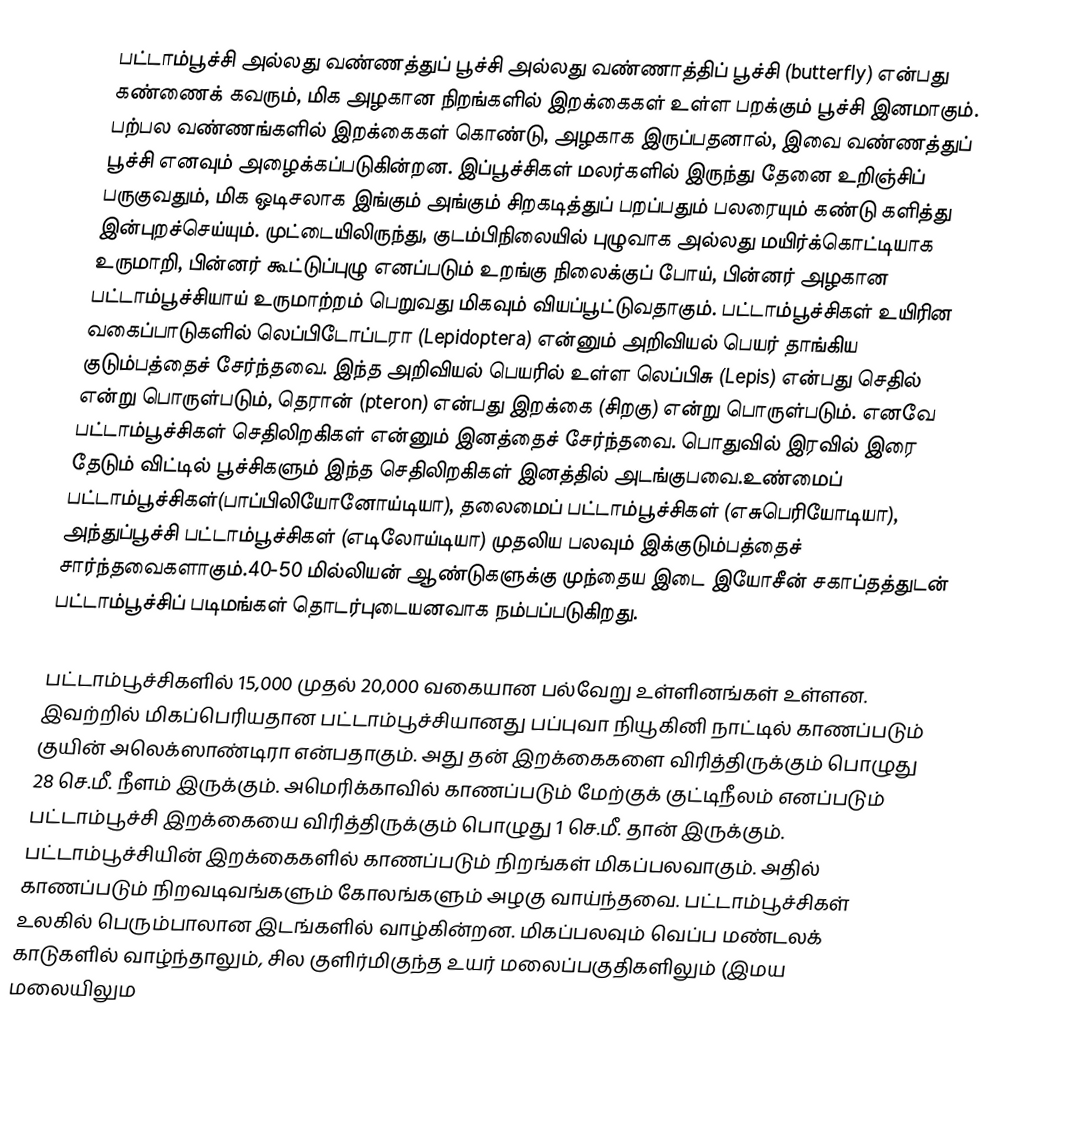
பட்டாம்பூச்சி அல்லது வண்ணத்துப் பூச்சி அல்லது வண்ணாத்திப் பூச்சி (butterfly) என்பது கண்ணைக் கவரும், மிக அழகான நிறங்களில் இறக்கைகள் உள்ள பறக்கும் பூச்சி இனமாகும். பற்பல வண்ணங்களில் இறக்கைகள் கொண்டு, அழகாக இருப்பதனால், இவை வண்ணத்துப் பூச்சி எனவும் அழைக்கப்படுகின்றன. இப்பூச்சிகள் மலர்களில் இருந்து தேனை உறிஞ்சிப் பருகுவதும், மிக ஒடிசலாக இங்கும் அங்கும் சிறகடித்துப் பறப்பதும் பலரையும் கண்டு களித்து இன்புறச்செய்யும். முட்டையிலிருந்து, குடம்பிநிலையில் புழுவாக அல்லது மயிர்க்கொட்டியாக உருமாறி, பின்னர் கூட்டுப்புழு எனப்படும் உறங்கு நிலைக்குப் போய், பின்னர் அழகான  பட்டாம்பூச்சியாய் உருமாற்றம் பெறுவது மிகவும் வியப்பூட்டுவதாகும். பட்டாம்பூச்சிகள் உயிரின வகைப்பாடுகளில் லெப்பிடோப்டரா (Lepidoptera) என்னும் அறிவியல் பெயர் தாங்கிய குடும்பத்தைச் சேர்ந்தவை. இந்த அறிவியல் பெயரில் உள்ள லெப்பிசு (Lepis) என்பது செதில் என்று பொருள்படும், தெரான் (pteron) என்பது இறக்கை (சிறகு) என்று பொருள்படும். எனவே பட்டாம்பூச்சிகள் செதிலிறகிகள் என்னும் இனத்தைச் சேர்ந்தவை. பொதுவில் இரவில் இரை தேடும் விட்டில் பூச்சிகளும் இந்த செதிலிறகிகள் இனத்தில் அடங்குபவை.உண்மைப் பட்டாம்பூச்சிகள்(பாப்பிலியோனோய்டியா), தலைமைப் பட்டாம்பூச்சிகள் (எசுபெரியோடியா), அந்துப்பூச்சி பட்டாம்பூச்சிகள் (எடிலோய்டியா) முதலிய பலவும் இக்குடும்பத்தைச் சார்ந்தவைகளாகும்.40-50 மில்லியன் ஆண்டுகளுக்கு முந்தைய இடை இயோசீன் சகாப்தத்துடன் பட்டாம்பூச்சிப் படிமங்கள் தொடர்புடையனவாக நம்பப்படுகிறது.

பட்டாம்பூச்சிகளில் 15,000 முதல் 20,000 வகையான பல்வேறு உள்ளினங்கள் உள்ளன. இவற்றில் மிகப்பெரியதான பட்டாம்பூச்சியானது பப்புவா நியூகினி நாட்டில் காணப்படும் குயின் அலெக்ஸாண்டிரா என்பதாகும். அது தன் இறக்கைகளை விரித்திருக்கும் பொழுது 28 செ.மீ. நீளம் இருக்கும். அமெரிக்காவில் காணப்படும் மேற்குக் குட்டிநீலம் எனப்படும் பட்டாம்பூச்சி இறக்கையை விரித்திருக்கும் பொழுது 1 செ.மீ. தான் இருக்கும். பட்டாம்பூச்சியின் இறக்கைகளில் காணப்படும் நிறங்கள் மிகப்பலவாகும். அதில் காணப்படும் நிறவடிவங்களும் கோலங்களும் அழகு வாய்ந்தவை. பட்டாம்பூச்சிகள் உலகில் பெரும்பாலான இடங்களில் வாழ்கின்றன. மிகப்பலவும் வெப்ப மண்டலக் காடுகளில் வாழ்ந்தாலும், சில குளிர்மிகுந்த உயர் மலைப்பகுதிகளிலும் (இமய மலையிலும